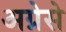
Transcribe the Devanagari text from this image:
अग्नेसे